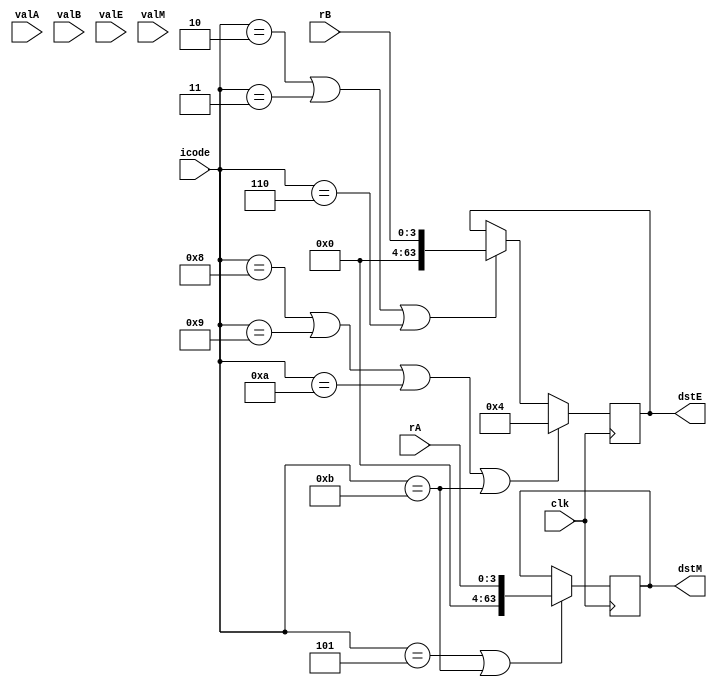
`timescale 1ns / 1ps

module write_back(
    input clk,
    input [3:0] icode,
    input [3:0] rA,
    input [3:0] rB,
    input [63:0] valA,
    input [63:0] valB,
    input [63:0] valE,
    input [63:0] valM,
    output reg [63:0] dstE, // output for testing purposes
    output reg [63:0] dstM // output for testing purposes
);

reg [63:0] register_memory[0:14];

always@(posedge clk)
begin

    if(icode == 4'b0010 || icode == 4'b0011 || icode == 4'b0110)  // cmovxx or irmovq or OPq
    begin
        dstE = rB;
        register_memory[dstE] = valE;
    end
    if(icode == 4'b1000 || icode == 4'b1001 || icode == 4'b1010 || icode == 4'b1011) // call or ret or pushq or popq
    begin
        dstE = 64'd4;   // %rsp
        register_memory[dstE] = valE;
    end
    if(icode == 4'b0101 || icode == 4'b1011)    // mrmovq or popq
    begin
        dstM = rA;
        register_memory[dstM] = valM;
    end
    if(icode==4'b1011) //popq
    begin
        register_memory[4] = valE;
        register_memory[rA] = valM;
    end

end
endmodule